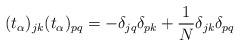
LaTeX: \begin{align*}(t_\alpha)_{jk}(t_\alpha)_{pq}=-\delta_{jq}\delta_{pk}+\frac{1}{N}\delta_{jk}\delta_{pq}\end{align*}